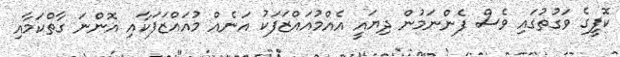
ކޮފީގެ ވަގުތުގައި ވެސް ފެންނަމުން ދިޔައީ އެއްމުއައްޒަފަކު އަނެއް މުއައްޒަފަކާއި އޮންނަ ގާތްކަމާއި